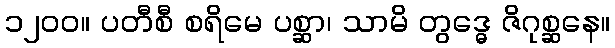
၁၂၀၀။ ပတီစီ စရိမေ ပစ္ဆာ၊ သာမိ တွဒ္ဓေ ဇိဂုစ္ဆနေ။